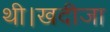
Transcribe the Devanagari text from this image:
थी।खदीजा